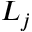
L _ { j }